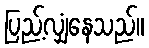
ပြည့်လျှံနေသည်။